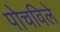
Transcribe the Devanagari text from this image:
पोचविले